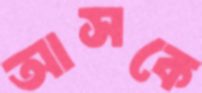
আসকে